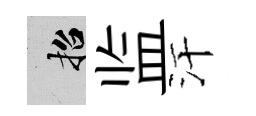
招监汗